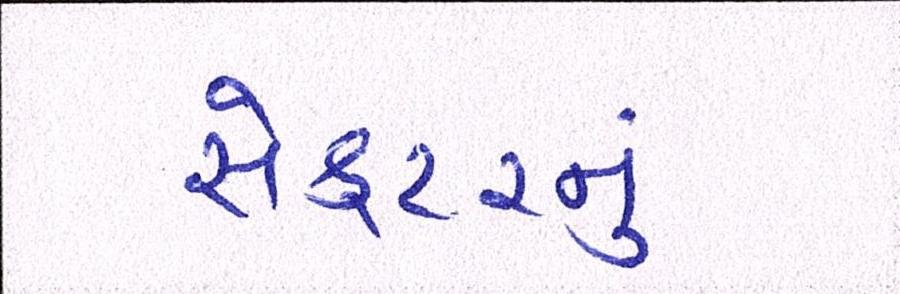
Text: સેક્ટરનું